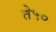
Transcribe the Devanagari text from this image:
ते५०